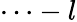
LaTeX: \cdots-l